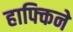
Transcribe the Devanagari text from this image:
हाफ्किने